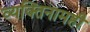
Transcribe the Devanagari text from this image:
व्यक्तिनामही